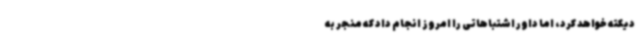
دیکته خواهد کرد، اما داور اشتباهاتی را امروز انجام داد که منجر به